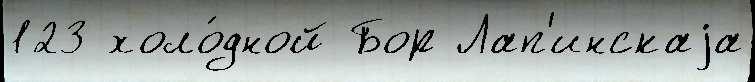
123 холо́дной Бор Лап'инскаjа